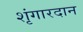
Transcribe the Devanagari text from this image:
शृंगारदान